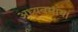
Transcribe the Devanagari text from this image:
अध्यवसाय।